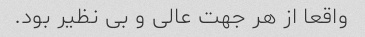
واقعا از هر جهت عالی و بی نظیر بود.